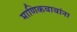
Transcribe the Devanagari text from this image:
माणिकबाबांना